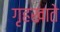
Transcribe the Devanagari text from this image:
गृहखाते